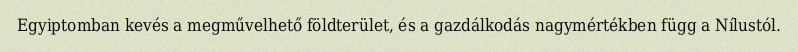
Egyiptomban kevés a megművelhető földterület, és a gazdálkodás nagymértékben függ a Nílustól.